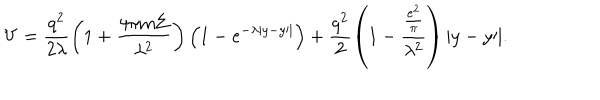
V = \frac { { q ^ { 2 } } } { { 2 \lambda } } \left( { 1 + \frac { { 4 \pi m \Sigma } } { { \lambda ^ { 2 } } } } \right) \left( { 1 - e ^ { - \lambda | y - y { \prime } | } } \right) + \frac { { q ^ { 2 } } } { 2 } \left( { 1 - \frac { { \frac { { e ^ { 2 } } } { \pi } } } { { \lambda ^ { 2 } } } } \right) | y - y { \prime } | .